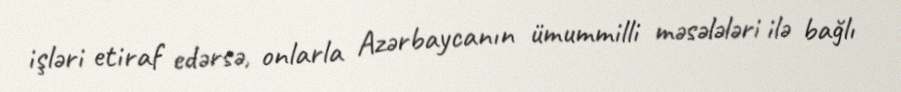
işləri etiraf edərsə, onlarla Azərbaycanın ümummilli məsələləri ilə bağlı